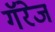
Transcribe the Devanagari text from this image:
गॅरेज